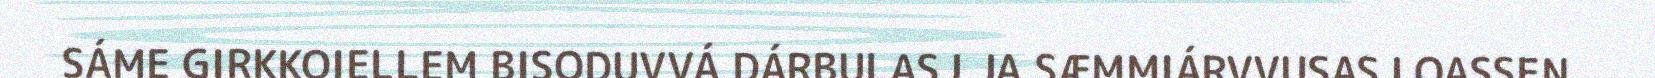
SÁME GIRKKOIELLEM BISODUVVÁ DÁRBULASJ JA SÆMMIÁRVVUSASJ OASSEN